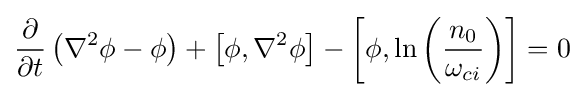
{\frac {\partial }{\partial t}}\left(\nabla ^{2}\phi -\phi \right)+\left[\phi ,\nabla ^{2}\phi \right]-\left[\phi ,\ln \left({\frac {n_{0}}{\omega _{ci}}}\right)\right]=0